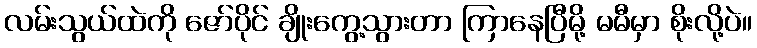
လမ်းသွယ်ထဲကို ဇော်ပိုင် ချိုးကွေ့သွားတာ ကြာနေပြီမို့ မမီမှာ စိုးလို့ပဲ။